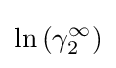
\ln \left(\gamma _{2}^{\infty }\right)